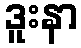
ဒူးနာ